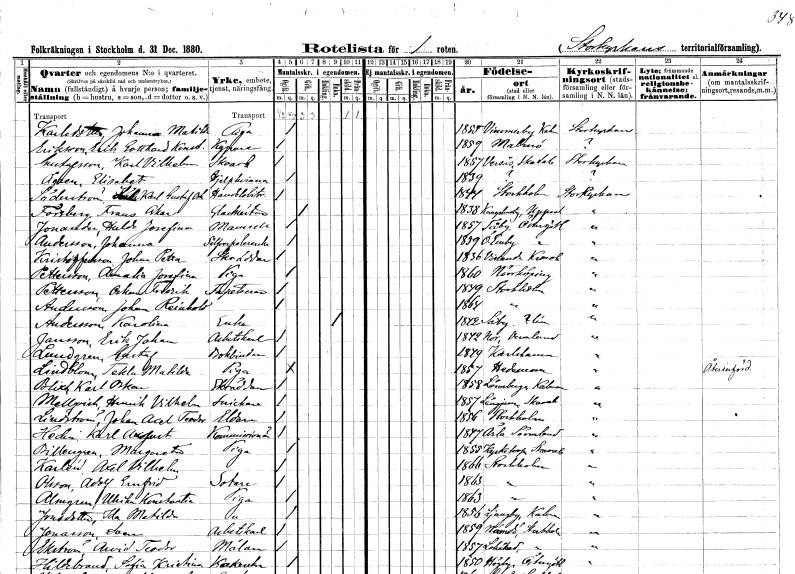
gt_parse: households: individuals: FN: Johanna Matilda
EN: Karlsdotter
YRKE: Piga
KON: K
CIV: O
FODAR: 1855
FODFORS: Vimmerby Kalmar län
FN: Erik Gotthard Konstantin
EN: Eriksson
YRKE: Kypare
KON: M
CIV: O
FODAR: 1859
FODFORS: Malmö Malmöhus län
FN: Karl Vilhelm
EN: Gustafsson
YRKE: Skoarbetare
KON: M
CIV: O
FODAR: 1857
FODFORS: Värsås Skaraborgs län
FN: Elisabet
EN: Ågren
YRKE: Hjälpkvinna
KON: K
CIV: O
FODAR: 1839
FN: Karl Gustaf Oskar
EN: Söderström
YRKE: Handelsbiträde
KON: M
CIV: O
FODAR: 1844
FODFORS: Stockholm
FN: Frans Oskar
EN: Forsberg
YRKE: Glasmästare
KON: M
CIV: G
FODAR: 1838
FODFORS: Kungs-Husby Uppsala län
FN: Hulda Josefina
EN: Jonander
KON: K
CIV: O
FODAR: 1857
FODFORS: Tåby Östergötlands län
FN: Johanna
EN: Andersson
YRKE: Silverpolererska
KON: K
CIV: O
FODAR: 1859
FODFORS: Östra Eneby Östergötlands län
FN: Johan Petter
EN: Kristoffersson
YRKE: Skräddare
KON: M
CIV: O
FODAR: 1836
FODFORS: Vislanda Kronobergs län
FN: Amalia Josefina
EN: Pettersson
YRKE: Piga
KON: K
CIV: O
FODAR: 1860
FODFORS: Norrköping Östergötlands län
FN: Oskar Fredrik
EN: Pettersson
YRKE: Tapetserare
KON: M
CIV: O
FODAR: 1849
FODFORS: Stockholm
FN: Johan Reinhold
EN: Andersson
KON: M
CIV: O
FODAR: 1864
FODFORS: Stockholm
FN: Karolina
EN: Andersson
YRKE: Änka
KON: K
CIV: E
FODAR: 1842
FN: Erik Johan
EN: Jansson
YRKE: Arbetskarl
KON: M
CIV: O
FODAR: 1842
FODFORS: Nor Värmlands län
FN: Gustaf
EN: Lundgren
YRKE: Bokbindare
KON: M
CIV: O
FODAR: 1879
FODFORS: Karlshamn Blekinge län
FN: Tekla Matilda
EN: Lindblom
YRKE: Piga
KON: K
CIV: O
FODAR: 1857
FODFORS: Hedemora Kopparbergs län
FN: Karl Oskar
EN: Blixt
YRKE: Skräddare
KON: M
CIV: O
FODAR: 1858
FODFORS: Lönneberga Kalmar län
FN: Henrik Vilhelm
EN: Mellqvist
YRKE: Snickare
KON: M
CIV: O
FODAR: 1857
FODFORS: Längjum Skaraborgs län
FN: Johan Axel Teodor
EN: Lindström
YRKE: Eldare
KON: M
CIV: O
FODAR: 1856
FODFORS: Stockholm
FN: Karl August
EN: Hedin
YRKE: Kommissionär
KON: M
CIV: O
FODAR: 1847
FODFORS: Ärla Södermanlands län
FN: Margareta
EN: Billengren
YRKE: Piga
KON: K
CIV: O
FODAR: 1855
FODFORS: Kyrketorp Skaraborgs län
FN: Axel Vilhelm
EN: Karlén
KON: M
CIV: O
FODAR: 1866
FODFORS: Stockholm
FN: Adolf Ernfrid
EN: Olsson
YRKE: Sotare
KON: M
CIV: O
FODAR: 1863
FODFORS: Stockholm
FN: Ulrika Konstantia
EN: Almgren
YRKE: Piga
KON: K
CIV: O
FODAR: 1863
FODFORS: Stockholm
FN: Matilda
EN: Jonasdotter
YRKE: Piga
KON: K
CIV: O
FODAR: 1856
FODFORS: Ljungby Kalmar län